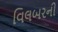
વિલબરની